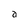
Character: a